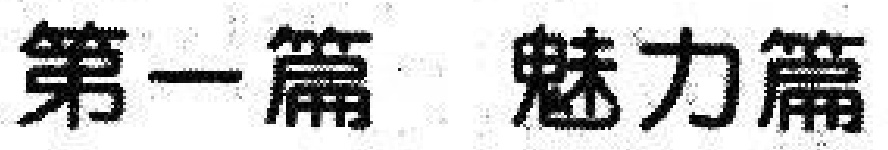
第一篇 魅力篇